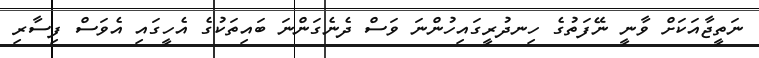
ނަތީޖާއަކަށް ވާނީ ނޭފަތުގެ ހިނދުރީގައިހުންނަ ވަސް ދެނެގަންނަ ބައިތަކުގެ އެހީގައި އެވަސް ފިސާރި